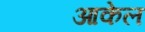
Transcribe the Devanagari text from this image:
आकेल